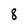
Character: 8